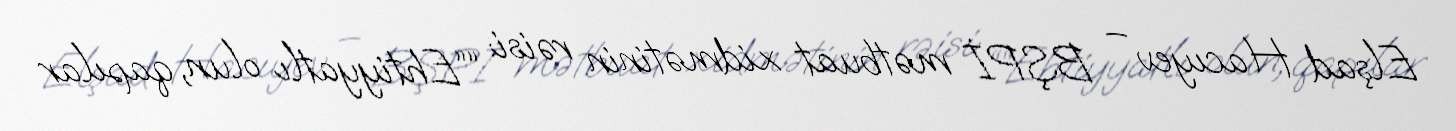
Elşad Hacıyev – BŞPİ mətbuat xidmətinin rəisi: ““Ehtiyyatlı olun, qapılar